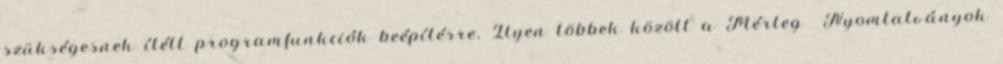
szükségesnek ítélt programfunkciók beépítésre. Ilyen többek között a Mérleg Nyomtatványok